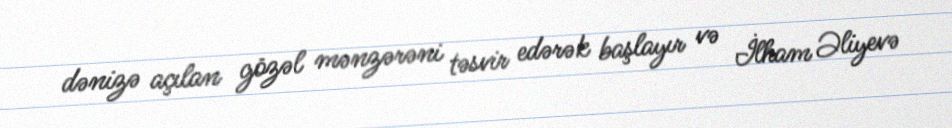
dənizə açılan gözəl mənzərəni təsvir edərək başlayır və İlham Əliyevə